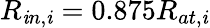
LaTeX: R_{\mathit{i}n,\mathit{i}}=0.875R_{at,\mathit{i}}